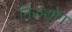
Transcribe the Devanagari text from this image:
निरुद्योग